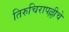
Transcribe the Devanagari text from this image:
तिरुचिरापल्लीचे